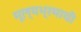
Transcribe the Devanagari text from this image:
मूल्यभ्रमाची